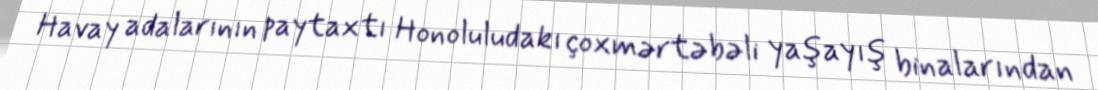
Havay adalarının paytaxtı Honoluludakı çoxmərtəbəli yaşayış binalarından